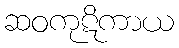
ဆဝကုဋိကာယ